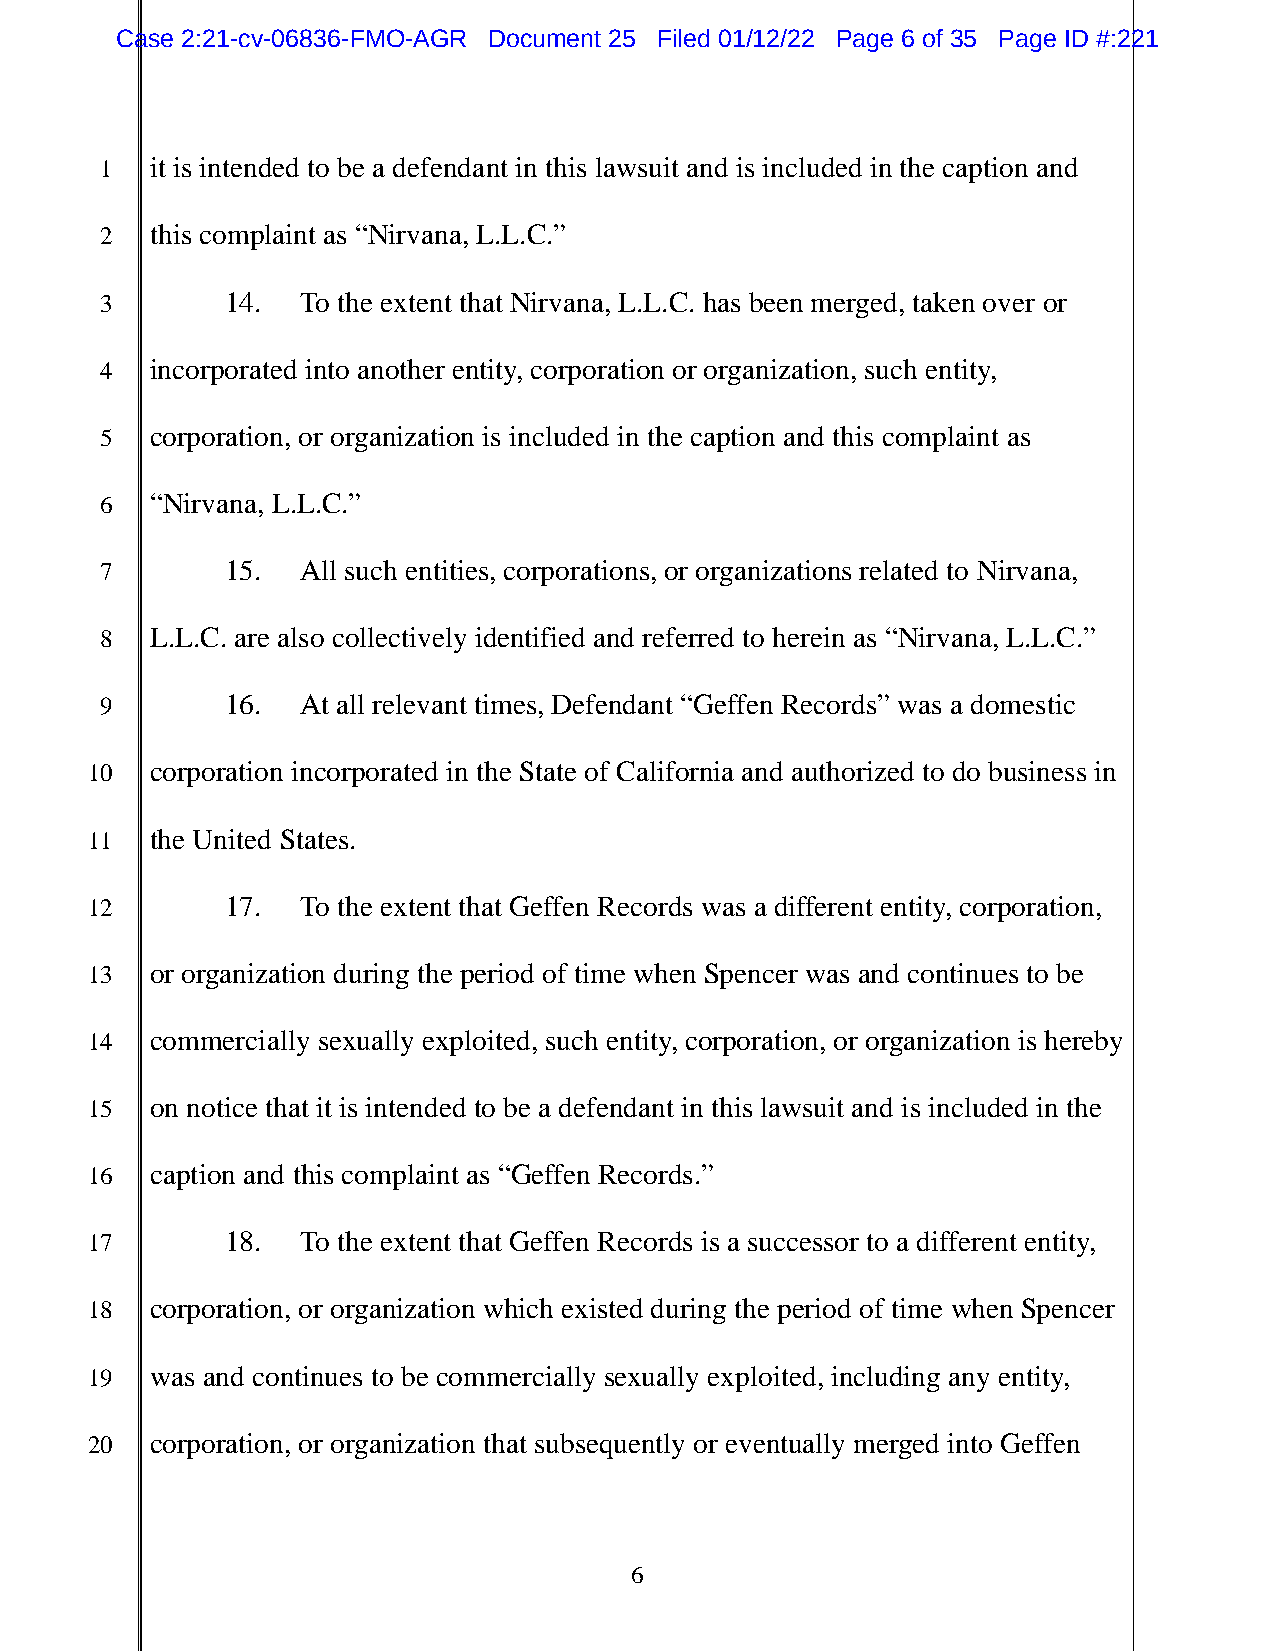
Case 2:21-cv-06836-FMO-AGR Document 25 Filed 01/12/22 Page 6 of 35 Page ID #:221
 1  it is intended to be a defendant in this lawsuit and is included in the caption and
 2  this complaint as “Nirvana, L.L.C.”
 3       14.  To the extent that Nirvana, L.L.C. has been merged, taken over or
 4  incorporated into another entity, corporation or organization, such entity,
 5  corporation, or organization is included in the caption and this complaint as
 6  “Nirvana, L.L.C.”
 7       15.  All such entities, corporations, or organizations related to Nirvana,
 8  L.L.C. are also collectively identified and referred to herein as “Nirvana, L.L.C.”
 9       16.  At all relevant times, Defendant “Geffen Records” was a domestic
 10  corporation incorporated in the State of California and authorized to do business in
 11  the United States.
 12       17.  To the extent that Geffen Records was a different entity, corporation,
 13  or organization during the period of time when Spencer was and continues to be
 14  commercially sexually exploited, such entity, corporation, or organization is hereby
 15  on notice that it is intended to be a defendant in this lawsuit and is included in the
 16  caption and this complaint as “Geffen Records.”
 17       18.  To the extent that Geffen Records is a successor to a different entity,
 18  corporation, or organization which existed during the period of time when Spencer
 19  was and continues to be commercially sexually exploited, including any entity,
 20  corporation, or organization that subsequently or eventually merged into Geffen
 6